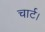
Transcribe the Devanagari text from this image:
चार्ट।